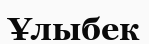
Ұлыбек